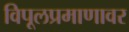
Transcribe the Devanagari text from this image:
विपूलप्रमाणावर